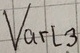
Text: Varl3